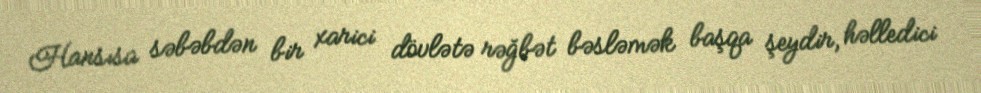
Hansısa səbəbdən bir xarici dövlətə rəğbət bəsləmək başqa şeydir, həlledici